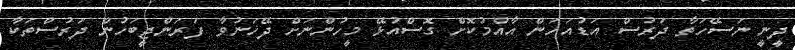
ދީނީ ނަސޭހަތާ ދަރުސް އަޑުއަހަން އާއްމުކޮށް ގޮސްއުޅޭ މީހުންނަށް ދޭހަނުވާ ފަރަންޖީބަހުން ދަރުސްތަކާ